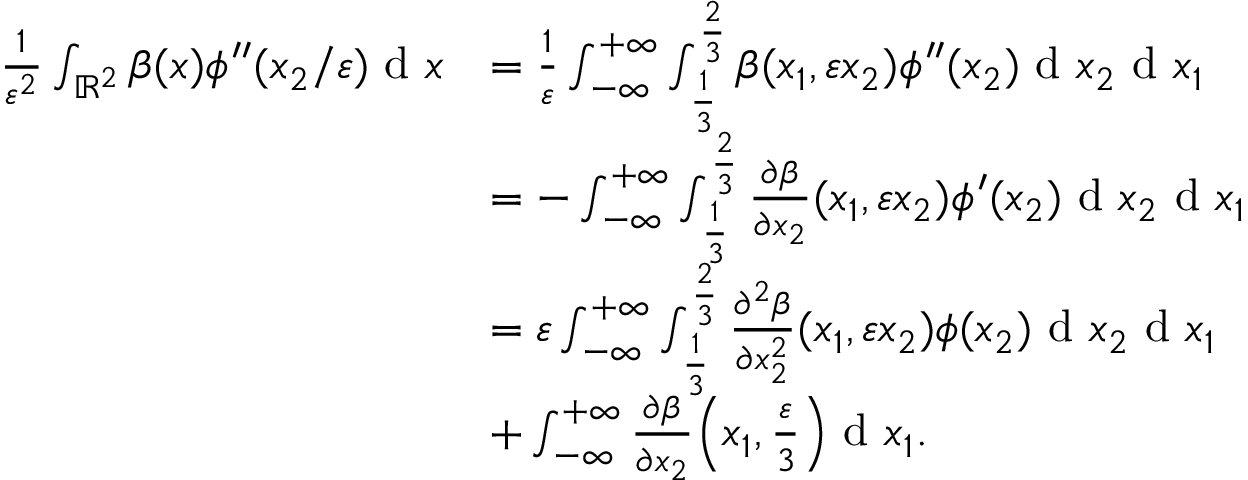
\begin{array} { r l } { \frac { 1 } { \varepsilon ^ { 2 } } \int _ { \mathbb { R } ^ { 2 } } \beta ( x ) \phi ^ { \prime \prime } ( x _ { 2 } / \varepsilon ) \textrm { d } x } & { = \frac { 1 } { \varepsilon } \int _ { - \infty } ^ { + \infty } \int _ { \frac { 1 } { 3 } } ^ { \frac { 2 } { 3 } } \beta ( x _ { 1 } , \varepsilon x _ { 2 } ) \phi ^ { \prime \prime } ( x _ { 2 } ) \textrm { d } x _ { 2 } \textrm { d } x _ { 1 } } \\ & { = - \int _ { - \infty } ^ { + \infty } \int _ { \frac { 1 } { 3 } } ^ { \frac { 2 } { 3 } } \frac { \partial \beta } { \partial x _ { 2 } } ( x _ { 1 } , \varepsilon x _ { 2 } ) \phi ^ { \prime } ( x _ { 2 } ) \textrm { d } x _ { 2 } \textrm { d } x _ { 1 } } \\ & { = \varepsilon \int _ { - \infty } ^ { + \infty } \int _ { \frac { 1 } { 3 } } ^ { \frac { 2 } { 3 } } \frac { \partial ^ { 2 } \beta } { \partial x _ { 2 } ^ { 2 } } ( x _ { 1 } , \varepsilon x _ { 2 } ) \phi ( x _ { 2 } ) \textrm { d } x _ { 2 } \textrm { d } x _ { 1 } } \\ & { + \int _ { - \infty } ^ { + \infty } \frac { \partial \beta } { \partial x _ { 2 } } \Big ( x _ { 1 } , \frac { \varepsilon } { 3 } \Big ) \textrm { d } x _ { 1 } . } \end{array}